Reports on military cantonments and civil stations in the Presidency of Bombay inspected by the Sanitary Commissioner in the years 1875 and 1876
Year: 1875
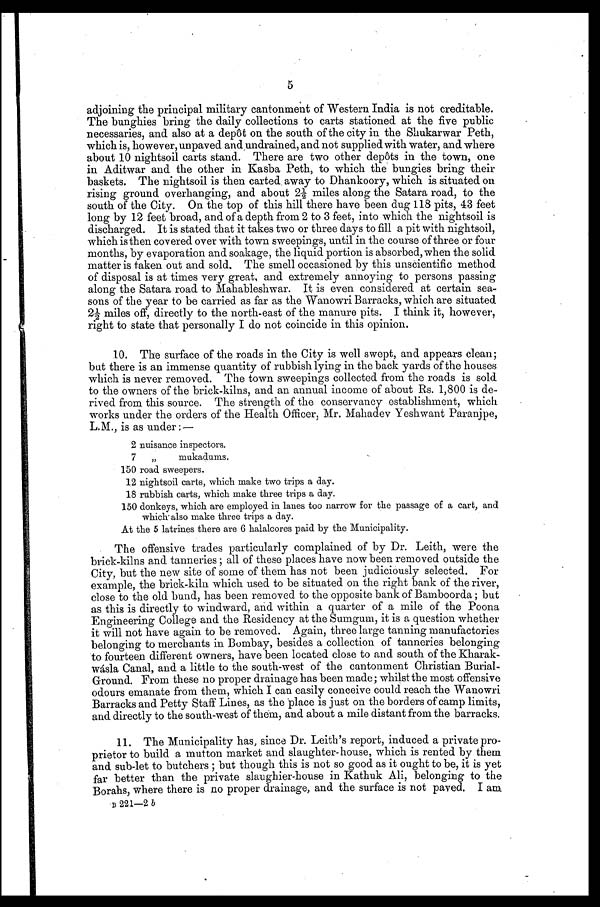
5
adjoining the principal military cantonment of Western India is not creditable.
The bunghies bring the daily collections to carts stationed at the five public
necessaries, and also at a depôt on the south of the city in the Shukarwar Peth,
which is, however, unpaved and undrained, and not supplied with water, and where
about 10 nightsoil carts stand. There are two other depôts in the town, one
in Aditwar and the other in Kasba Peth, to which the bungies bring their
baskets. The nightsoil is then carted away to Dhankoory, which is situated on
rising ground overhanging, and about 2½ miles along the Satara road, to the
south of the City. On the top of this hill there have been dug 118 pits, 43 feet
long by 12 feet broad, and of a depth from 2 to 3 feet, into which the nightsoil is
discharged. It is stated that it takes two or three days to fill a pit with nightsoil,
which is then covered over with town sweepings, until in the course of three or four
months, by evaporation and soakage, the liquid portion is absorbed, when the solid
matter is taken out and sold. The smell occasioned by this unscientific method
of disposal is at times very great, and extremely annoying to persons passing
along the Satara road to Mahableshwar. It is even considered at certain sea
-sons of the year to be carried as far as the Wanowri Barracks, which are situated
2½ miles off, directly to the north-east of the manure pits. I think it, however,
right to state that personally I do not coincide in this opinion.
10. The surface of the roads in the City is well swept, and appears clean;
but there is an immense quantity of rubbish lying in the back yards of the houses
which is never removed. The town sweepings collected from the roads is sold
to the owners of the brick-kilns, and an annual income of about Rs. 1,800 is de
-rived from this source. The strength of the conservancy establishment, which
works under the orders of the Health Officer, Mr. Mahadev Yeshwant Paranjpe,
L.M., is as under:—
2 nuisance inspectors.
7 „ mukadums.
150 road sweepers.
12 nightsoil carts, which make two trips a day.
18 rubbish carts, which make three trips a day.
150 donkeys, which are employed in lanes too narrow for the passage of a cart, and
which also make three trips a day.
At the 5 latrines there are 6 halalcores paid by the Municipality.
The offensive trades particularly complained of by Dr. Leith, were the
brick-kilns and tanneries; all of these places have now been removed outside the
City, but the new site of some of them has not been judiciously selected. For
example, the brick-kiln which used to be situated on the right bank of the river,
close to the old bund, has been removed to the opposite bank of Bamboorda; but
as this is directly to windward, and within a quarter of a mile of the Poona
Engineering College and the Residency at the Sumgum, it is a question whether
it will not have again to be removed. Again, three large tanning manufactories
belonging to merchants in Bombay, besides a collection of tanneries belonging
to fourteen different owners, have been located close to and south of the Kharak
-wásla Canal, and a little to the south-west of the cantonment Christian Burial-
Ground. From these no proper drainage has been made; whilst the most offensive
odours emanate from them, which I can easily conceive could reach the Wanowri
Barracks and Petty Staff Lines, as the place is just on the borders of camp limits,
and directly to the south-west of them, and about a mile distant from the barracks.
11. The Municipality has, since Dr. Leith's report, induced a private pro
- p r i e t o r t o b u i l d a m u t t o n m a r k e t a n d s l a u g h t e r - h o u s e , w h i c h i s r e n t e d b y t h e m
and sub-let to butchers; but though this is not so good as it ought to be, it is yet
far better than the private slaughier-house in Kathuk Ali, belonging to the
Borahs, where there is no proper drainage, and the surface is not paved. I am
B 221-2 b